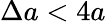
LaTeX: \Delta a<4a